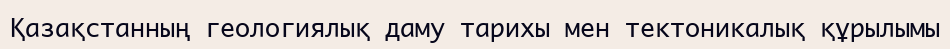
Қазақстанның геологиялық даму тарихы мен тектоникалық құрылымы